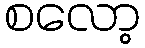
စလော့